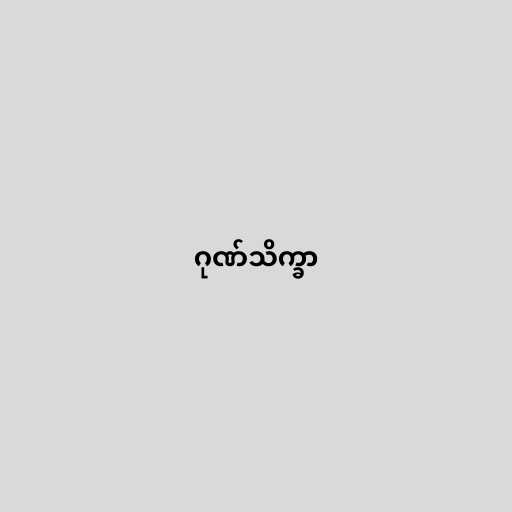
ဂုဏ်သိက္ခာ